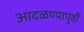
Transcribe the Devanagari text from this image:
आदळण्यापुर्वी